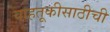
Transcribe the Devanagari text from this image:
वाहतूकीसाठीची